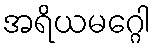
အရိယမဂ္ဂေါ